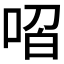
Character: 𭈋